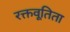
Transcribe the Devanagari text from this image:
रक्तवूतिता